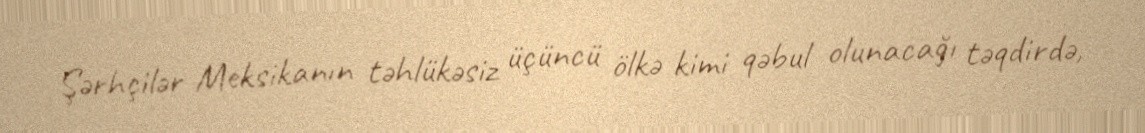
Şərhçilər Meksikanın təhlükəsiz üçüncü ölkə kimi qəbul olunacağı təqdirdə,